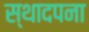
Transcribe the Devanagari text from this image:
स्थादपना